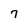
Character: 7